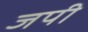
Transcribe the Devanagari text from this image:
जपी